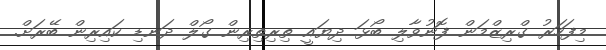
މިފަހަރު ގްރިޒްމަން ފޮނުވާލި ބޯޅަ ދިޔައީ ތިރިތިރިން ގޯލް ދަނޑި ކައިރިން ބޭރަށް.